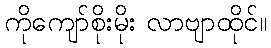
ကိုကျော်စိုးမိုး လာဗျာထိုင်။